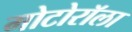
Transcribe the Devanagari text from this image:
मोटोरॉला